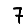
Digit: 7